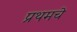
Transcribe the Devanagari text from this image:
प्रथमचे